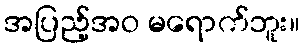
အပြည့်အဝ မရောက်ဘူး။